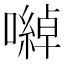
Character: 𡁇